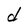
Character: d